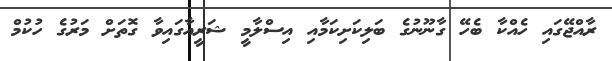
ރާއްޖޭގައި ހެއްކާ ބެހޭ ގާނޫނުގެ ބަލިކަށިކަމާއި އިސްލާމީ ޝަރީއާގައިވާ ގޮތަށް މަރުގެ ހުކުމް